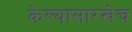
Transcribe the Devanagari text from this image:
केल्यासारखेच